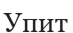
Упит